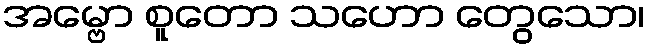
အမ္ဗော စူတော သဟော တွေသော၊